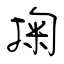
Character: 掬